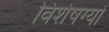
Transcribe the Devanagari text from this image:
विशेषग्यों